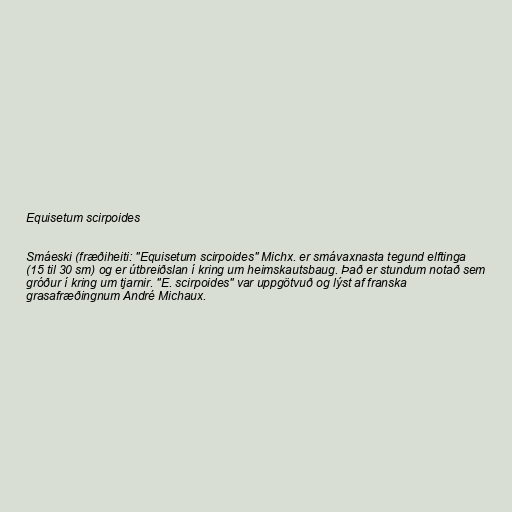
Equisetum scirpoides

Smáeski (fræðiheiti: "Equisetum scirpoides" Michx. er smávaxnasta tegund elftinga
(15 til 30 sm) og er útbreiðslan í kring um heimskautsbaug. Það er stundum notað sem
gróður í kring um tjarnir. "E. scirpoides" var uppgötvuð og lýst af franska
grasafræðingnum André Michaux.